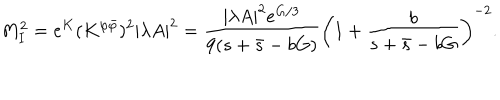
LaTeX: M _ { I } ^ { 2 } = e ^ { K } ( K ^ { \varphi \bar { \varphi } } ) ^ { 2 } | \lambda A | ^ { 2 } = \frac { | \lambda A | ^ { 2 } e ^ { G / 3 } } { 9 ( s + \bar { s } - b G ) } \left( 1 + \frac { b } { s + \bar { s } - b G } \right) ^ { - 2 } .